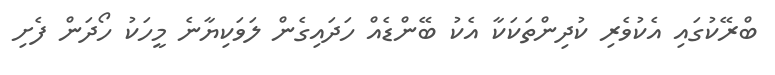
ބްރޭކުގައި އެކުވެރި ކުދިންތަކަކާ އެކު ބޭންޑެއް ހަދައިގެން ލަވަކިޔާނެ މީހަކު ހޯދަން ފެށި